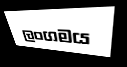
ලංගමය